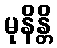
မုနိန္တိ